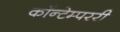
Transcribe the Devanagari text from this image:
कॉन्टेम्पररी